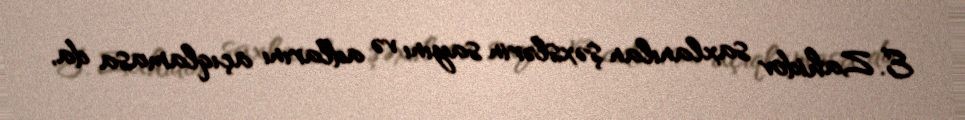
E. Zahidov saxlanılan şəxslərin sayını və adlarını açıqlamasa da,